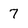
Character: 7